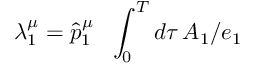
\lambda _ { 1 } ^ { \mu } = \hat { p } _ { 1 } ^ { \mu } \ \ \int _ { 0 } ^ { T } d \tau \, A _ { 1 } / e _ { 1 }